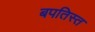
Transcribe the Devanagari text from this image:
बपतिस्त